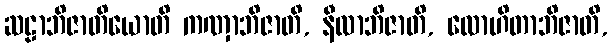
ဆဠာဘိဇာတိယောတိ ကဏှာဘိဇာတိ, နီလာဘိဇာတိ, လောဟိတာဘိဇာတိ,